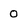
Character: O